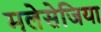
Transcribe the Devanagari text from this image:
मलेसेजिया